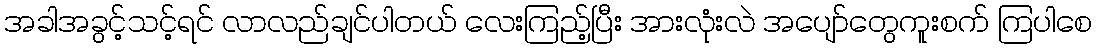
အခါအခွင့်သင့်ရင် လာလည်ချင်ပါတယ် လေးကြည့်ပြီး အားလုံးလဲ အပျော်တွေကူးစက် ကြပါစေ